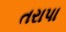
તરાપા